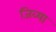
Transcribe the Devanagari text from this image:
जिव्या